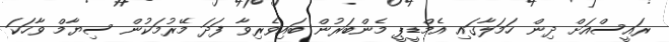
ރައީސްއަށް ދިން ހަމަލާގައި އެމްޑީޕީ މެންބަރުން ބައިވެރިވާ ފަދަ މޭރުމަކުން ސިޔާމް ވާހަކަ